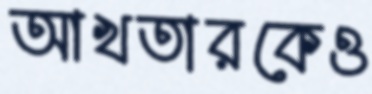
আখতারকেও